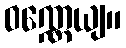
ဝဏ္ဏေယျ။